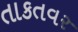
તાકતવર